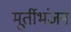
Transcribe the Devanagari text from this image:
मूर्तीभंजन